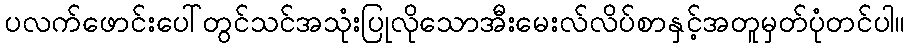
ပလက်ဖောင်းပေါ်တွင်သင်အသုံးပြုလိုသောအီးမေးလ်လိပ်စာနှင့်အတူမှတ်ပုံတင်ပါ။